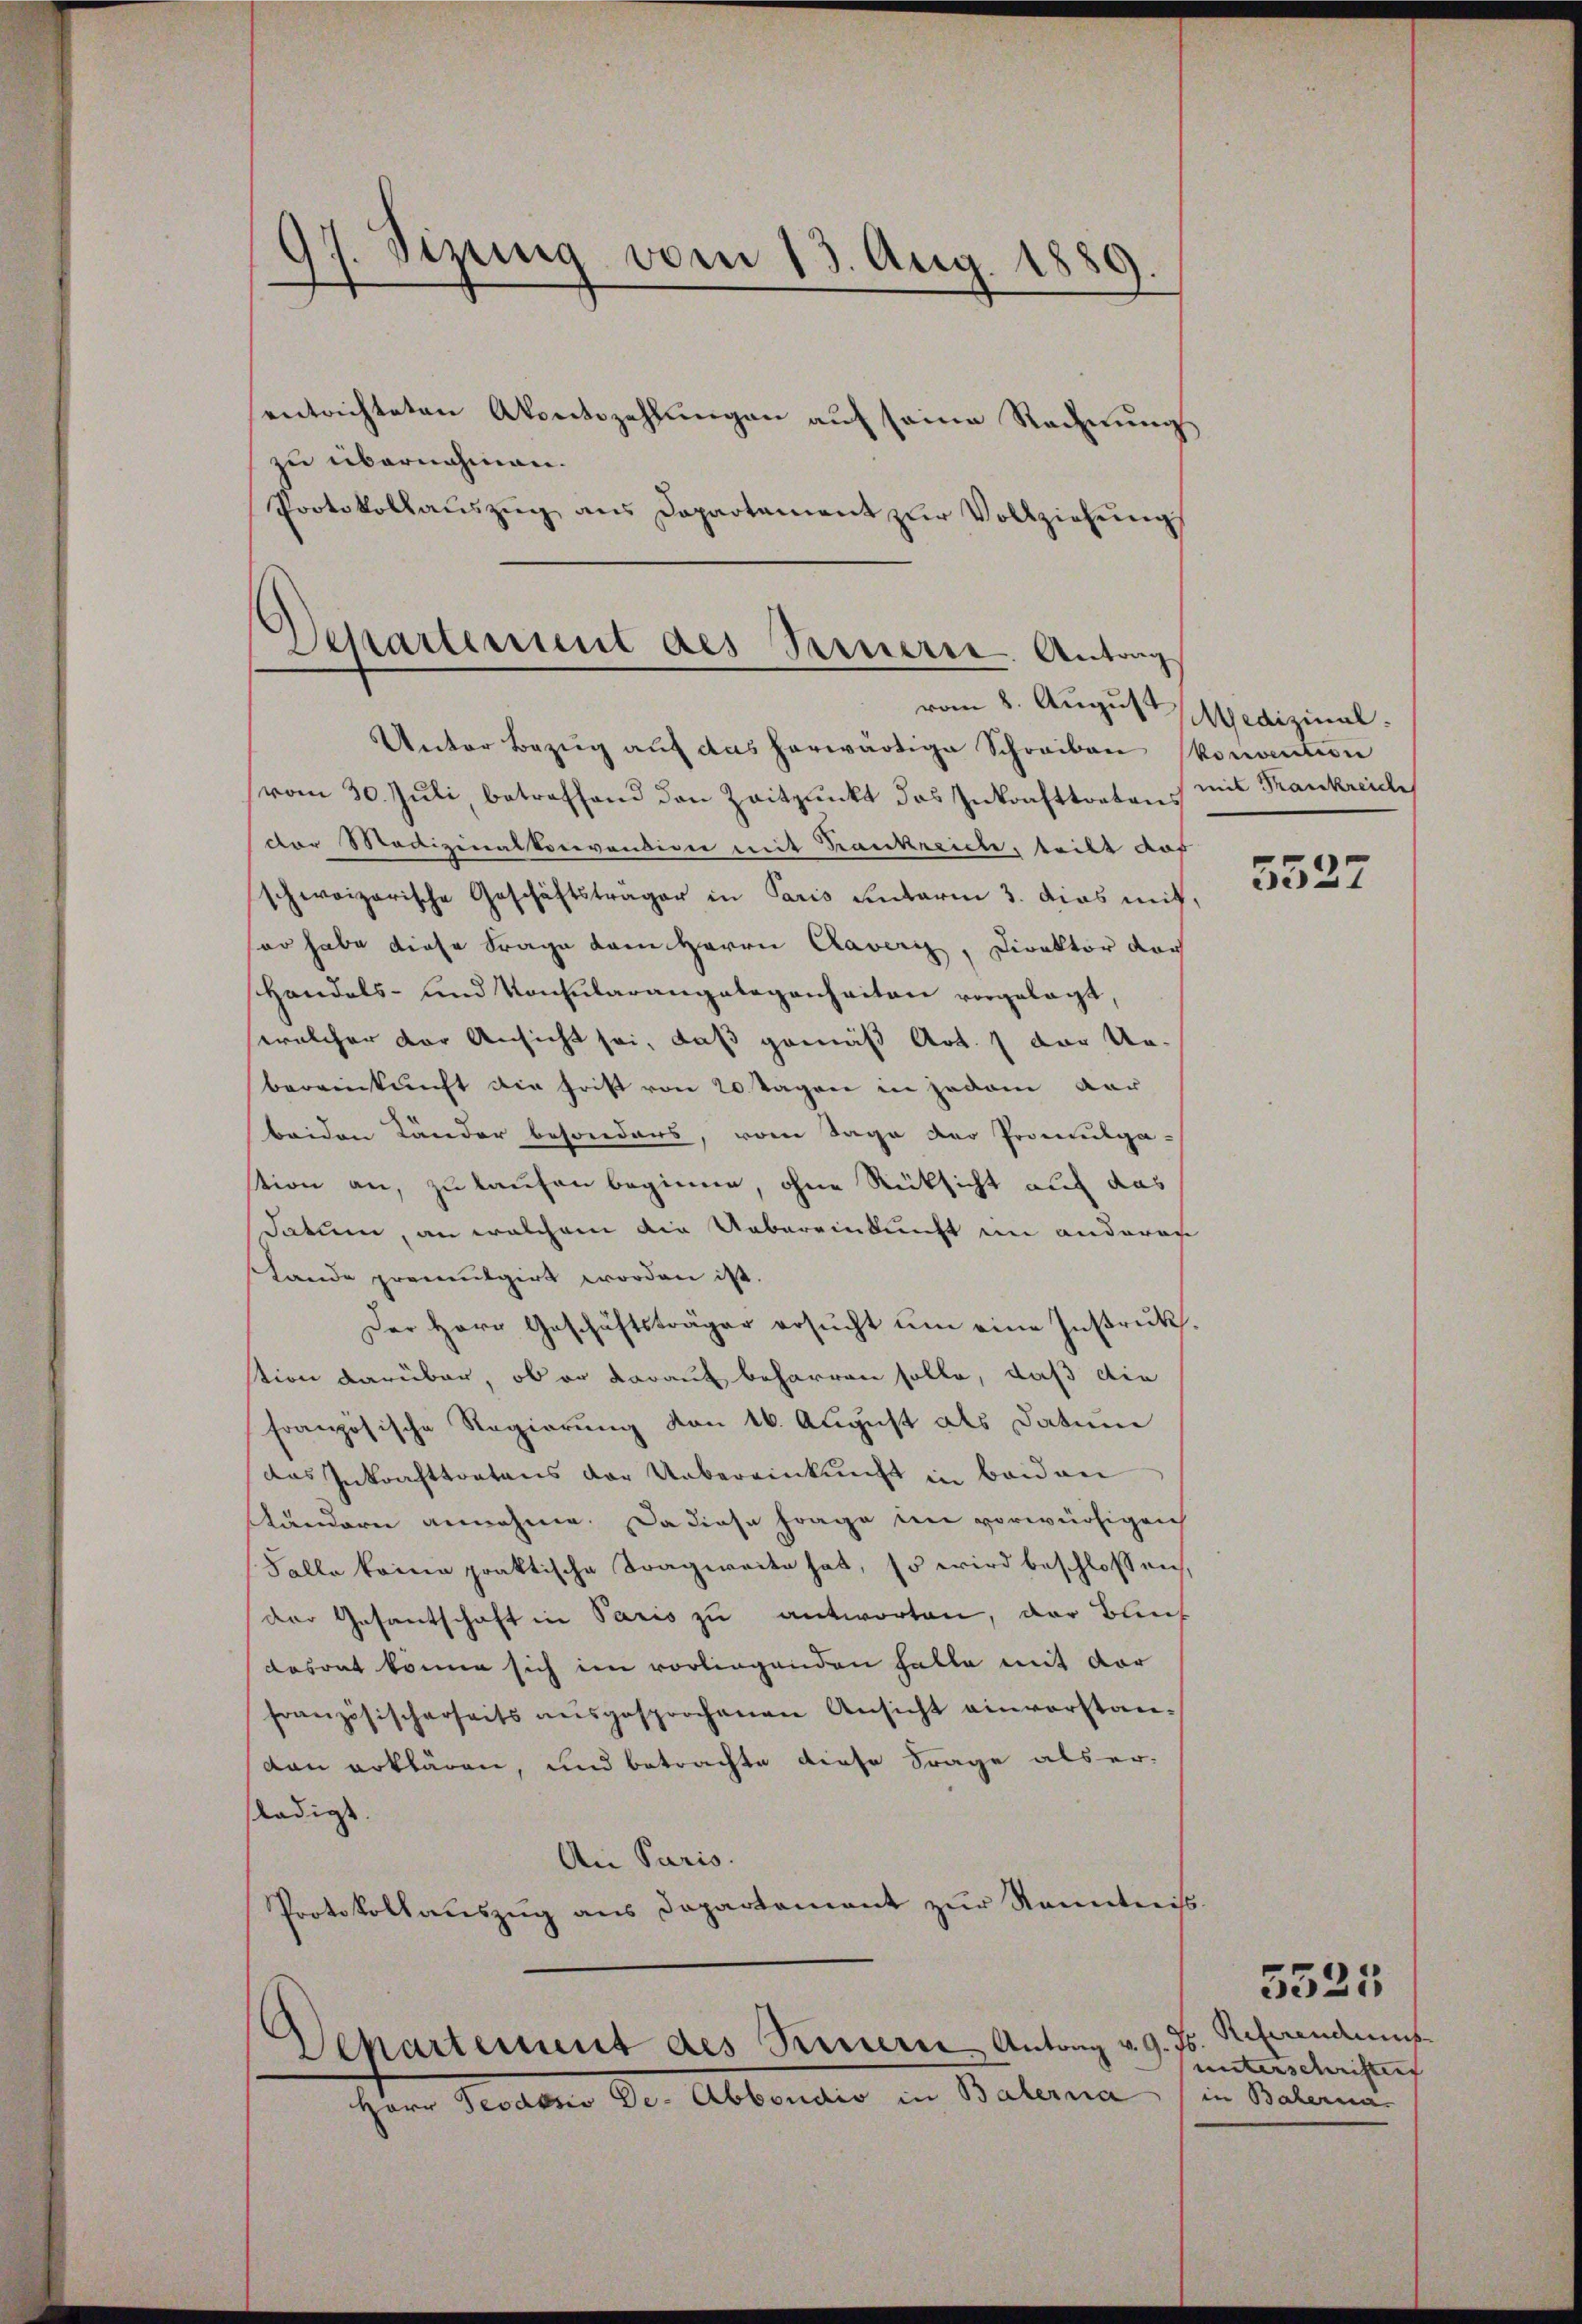
17. Sizung vom 13. Aug. 1889.

zu übernahmen.
Protokollaŭszŭg aŭs Departement zŭr Vollziehŭng
Departement des Serierte. Antrag

entrichteten Akoectszahlungen auf seine Rechnung

vom 8. August Medizinal.

Separtement des Sinnern Antrag v. 9. ds

mit Krankreiche

Herr Teodoris De-Abbondio in Baterna

Unter Bezug auf das herwärtige Schreiben konantion
vom 30. Juli, betreffend den Zeitpunkt das Inkrafttortens
der Martizinalkonvendiger mit Krankreidte, teilt auf
schweizerische Geschäftsträger in Paris untarin 3. dies mit,
sor habe diese Frage dem Herrn Caveri, Direktor doch
Handels- und Konsularangelegenheiten vorgelegt,
welcher vor Ansicht sei, daß gemäß Art. 1 der Un-
bereinkunft die Frist von 20 Tagene in jedem dar
beiden Länder besonders, vom Tage der Promulga-
stion an, zu kaufen beginne, ohne Rücksicht auf das
datum, an welchem die Uebereinkunft en anderen
Lande promulgirt worden ist.
Der Herr Geschäftsträger ersucht um eine Instruktion darüber, ob er darauf beharren solle, daß die
französische Regierung von 16. August als Datum
das Inkrafttretens der Uebereinkunft in beiden
tändern annehme. Da diese Frage im vorwürfigen
Falle keine praktische Tragweite hat, so wird beschlossen,
der Gesantschaft in Paris zu antworten, der Blech
dasont könne sich im vorliegenden Falle mit der
französischerseits aŭsgesprochenen Ansicht einvorstan-
dan erklären, und betrachte diese Frage als er-
ledigt.
An Paris.
Protokollauszug aus Departement zur Kenntens.

5527

Referendums
unterschriftent |
in Bacherna.

5525